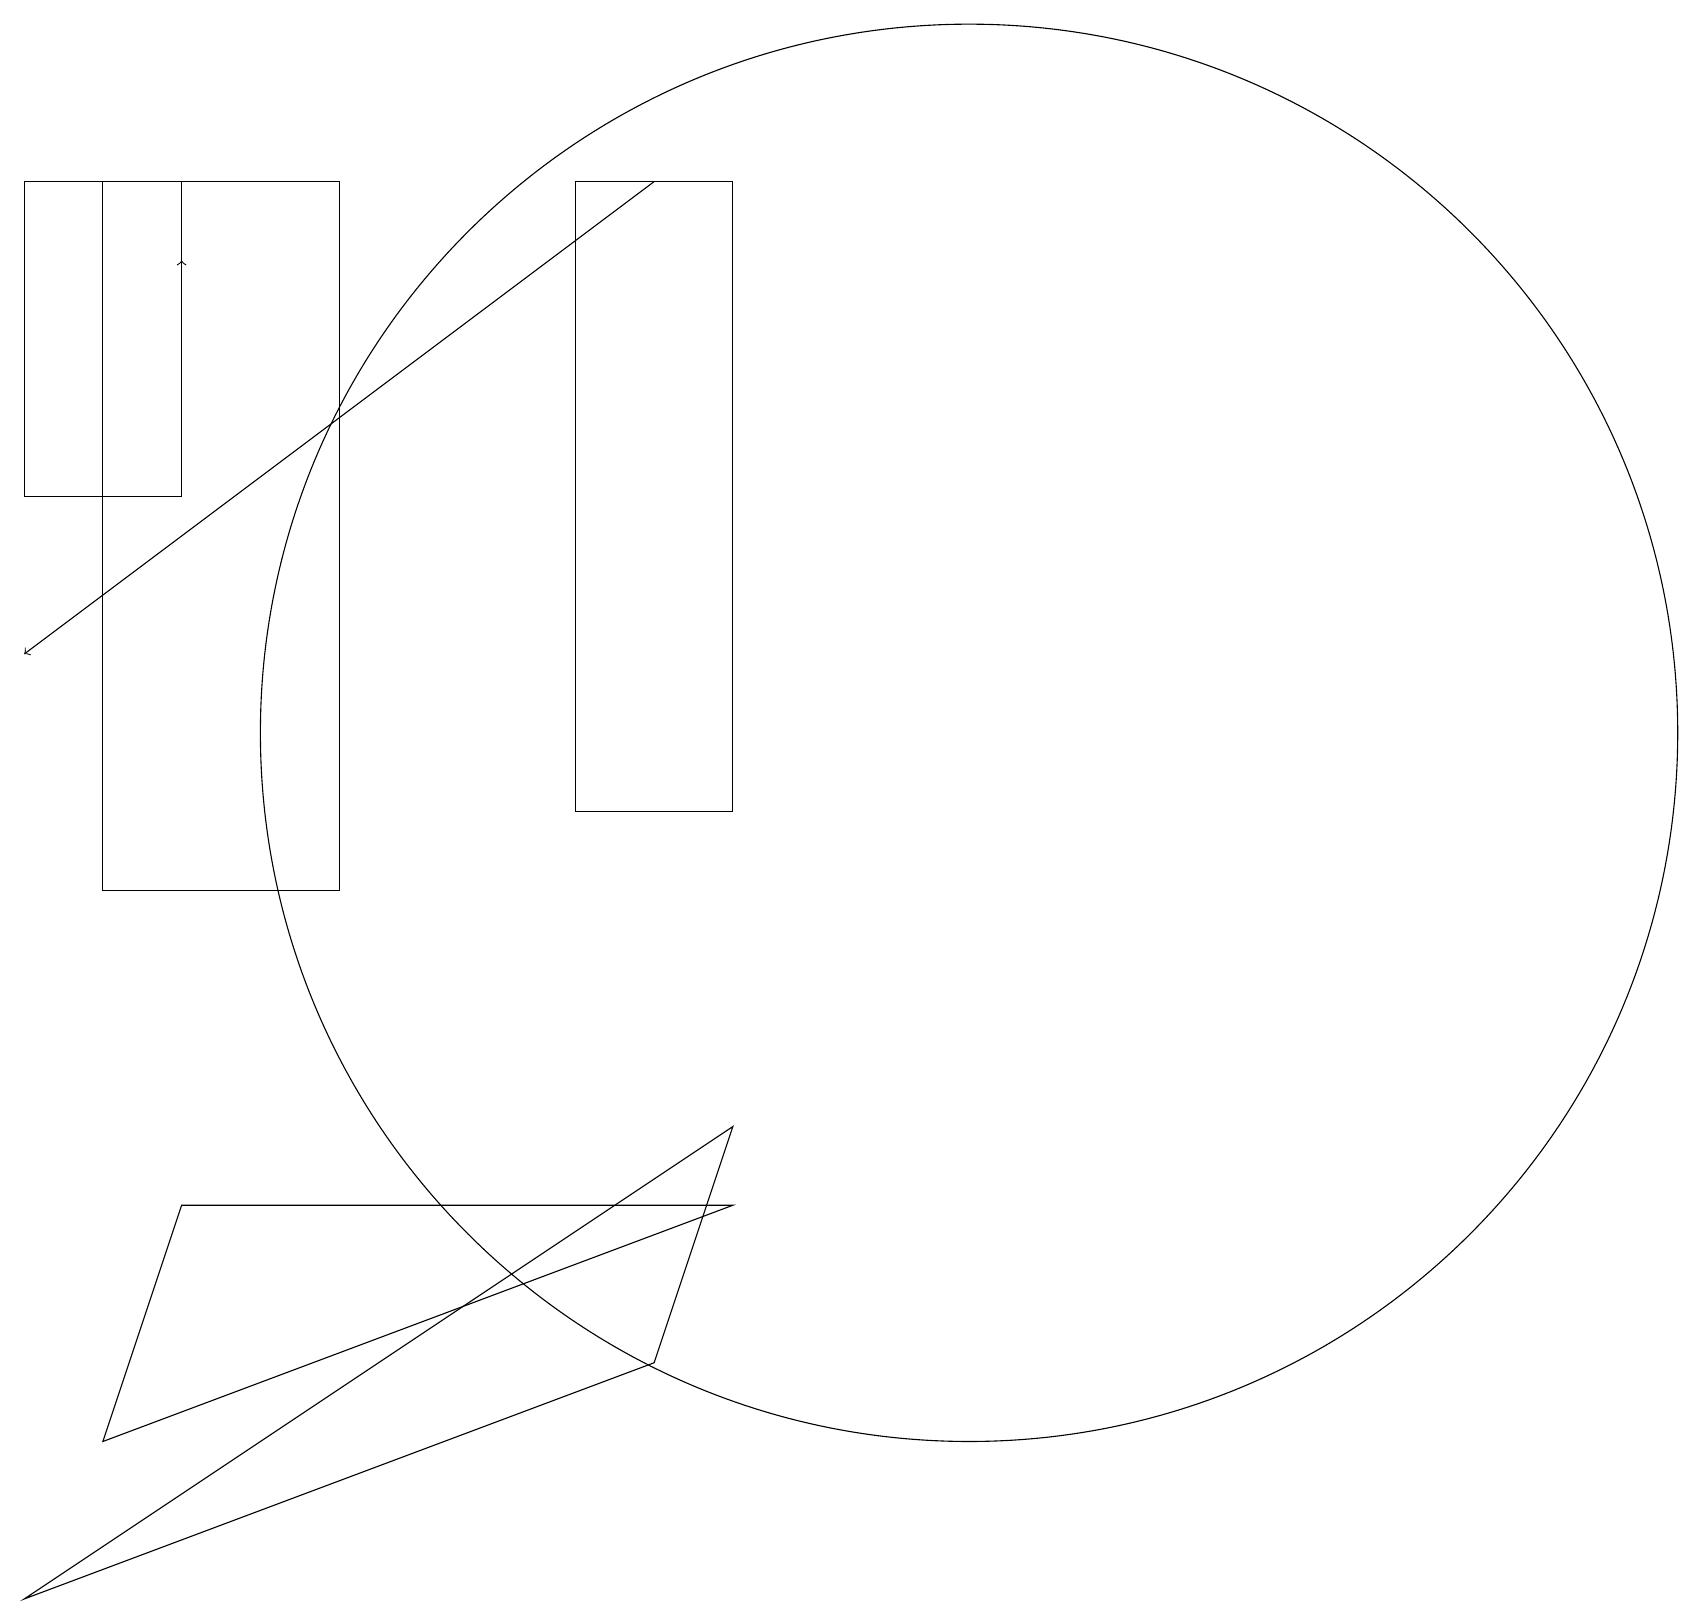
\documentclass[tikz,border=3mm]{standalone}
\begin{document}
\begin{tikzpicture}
\draw (2,19) rectangle (0,15);
\draw[->] (8,19) -- (0,13);
\draw (9,19) rectangle (7,11);
\draw[->] (2,18) -- (2,18);
\draw (2,6) -- (1,3) -- (9,6) -- cycle;
\draw (12,12) circle (9);
\draw (8,4) -- (0,1) -- (9,7) -- cycle;
\draw (1,10) rectangle (4,19);
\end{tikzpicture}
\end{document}